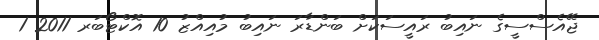
ޖޭއެސްސީގެ ނައިބު ރައީސަކަށް ބަންޑާރަ ނައިބު މުއިއްޒު 10 އޮކްޓޯބަރ 2011 1